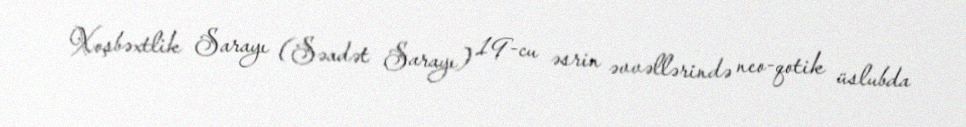
Xoşbəxtlik Sarayı (Səadət Sarayı) 19-cu əsrin əvvəllərində neo-qotik üslubda